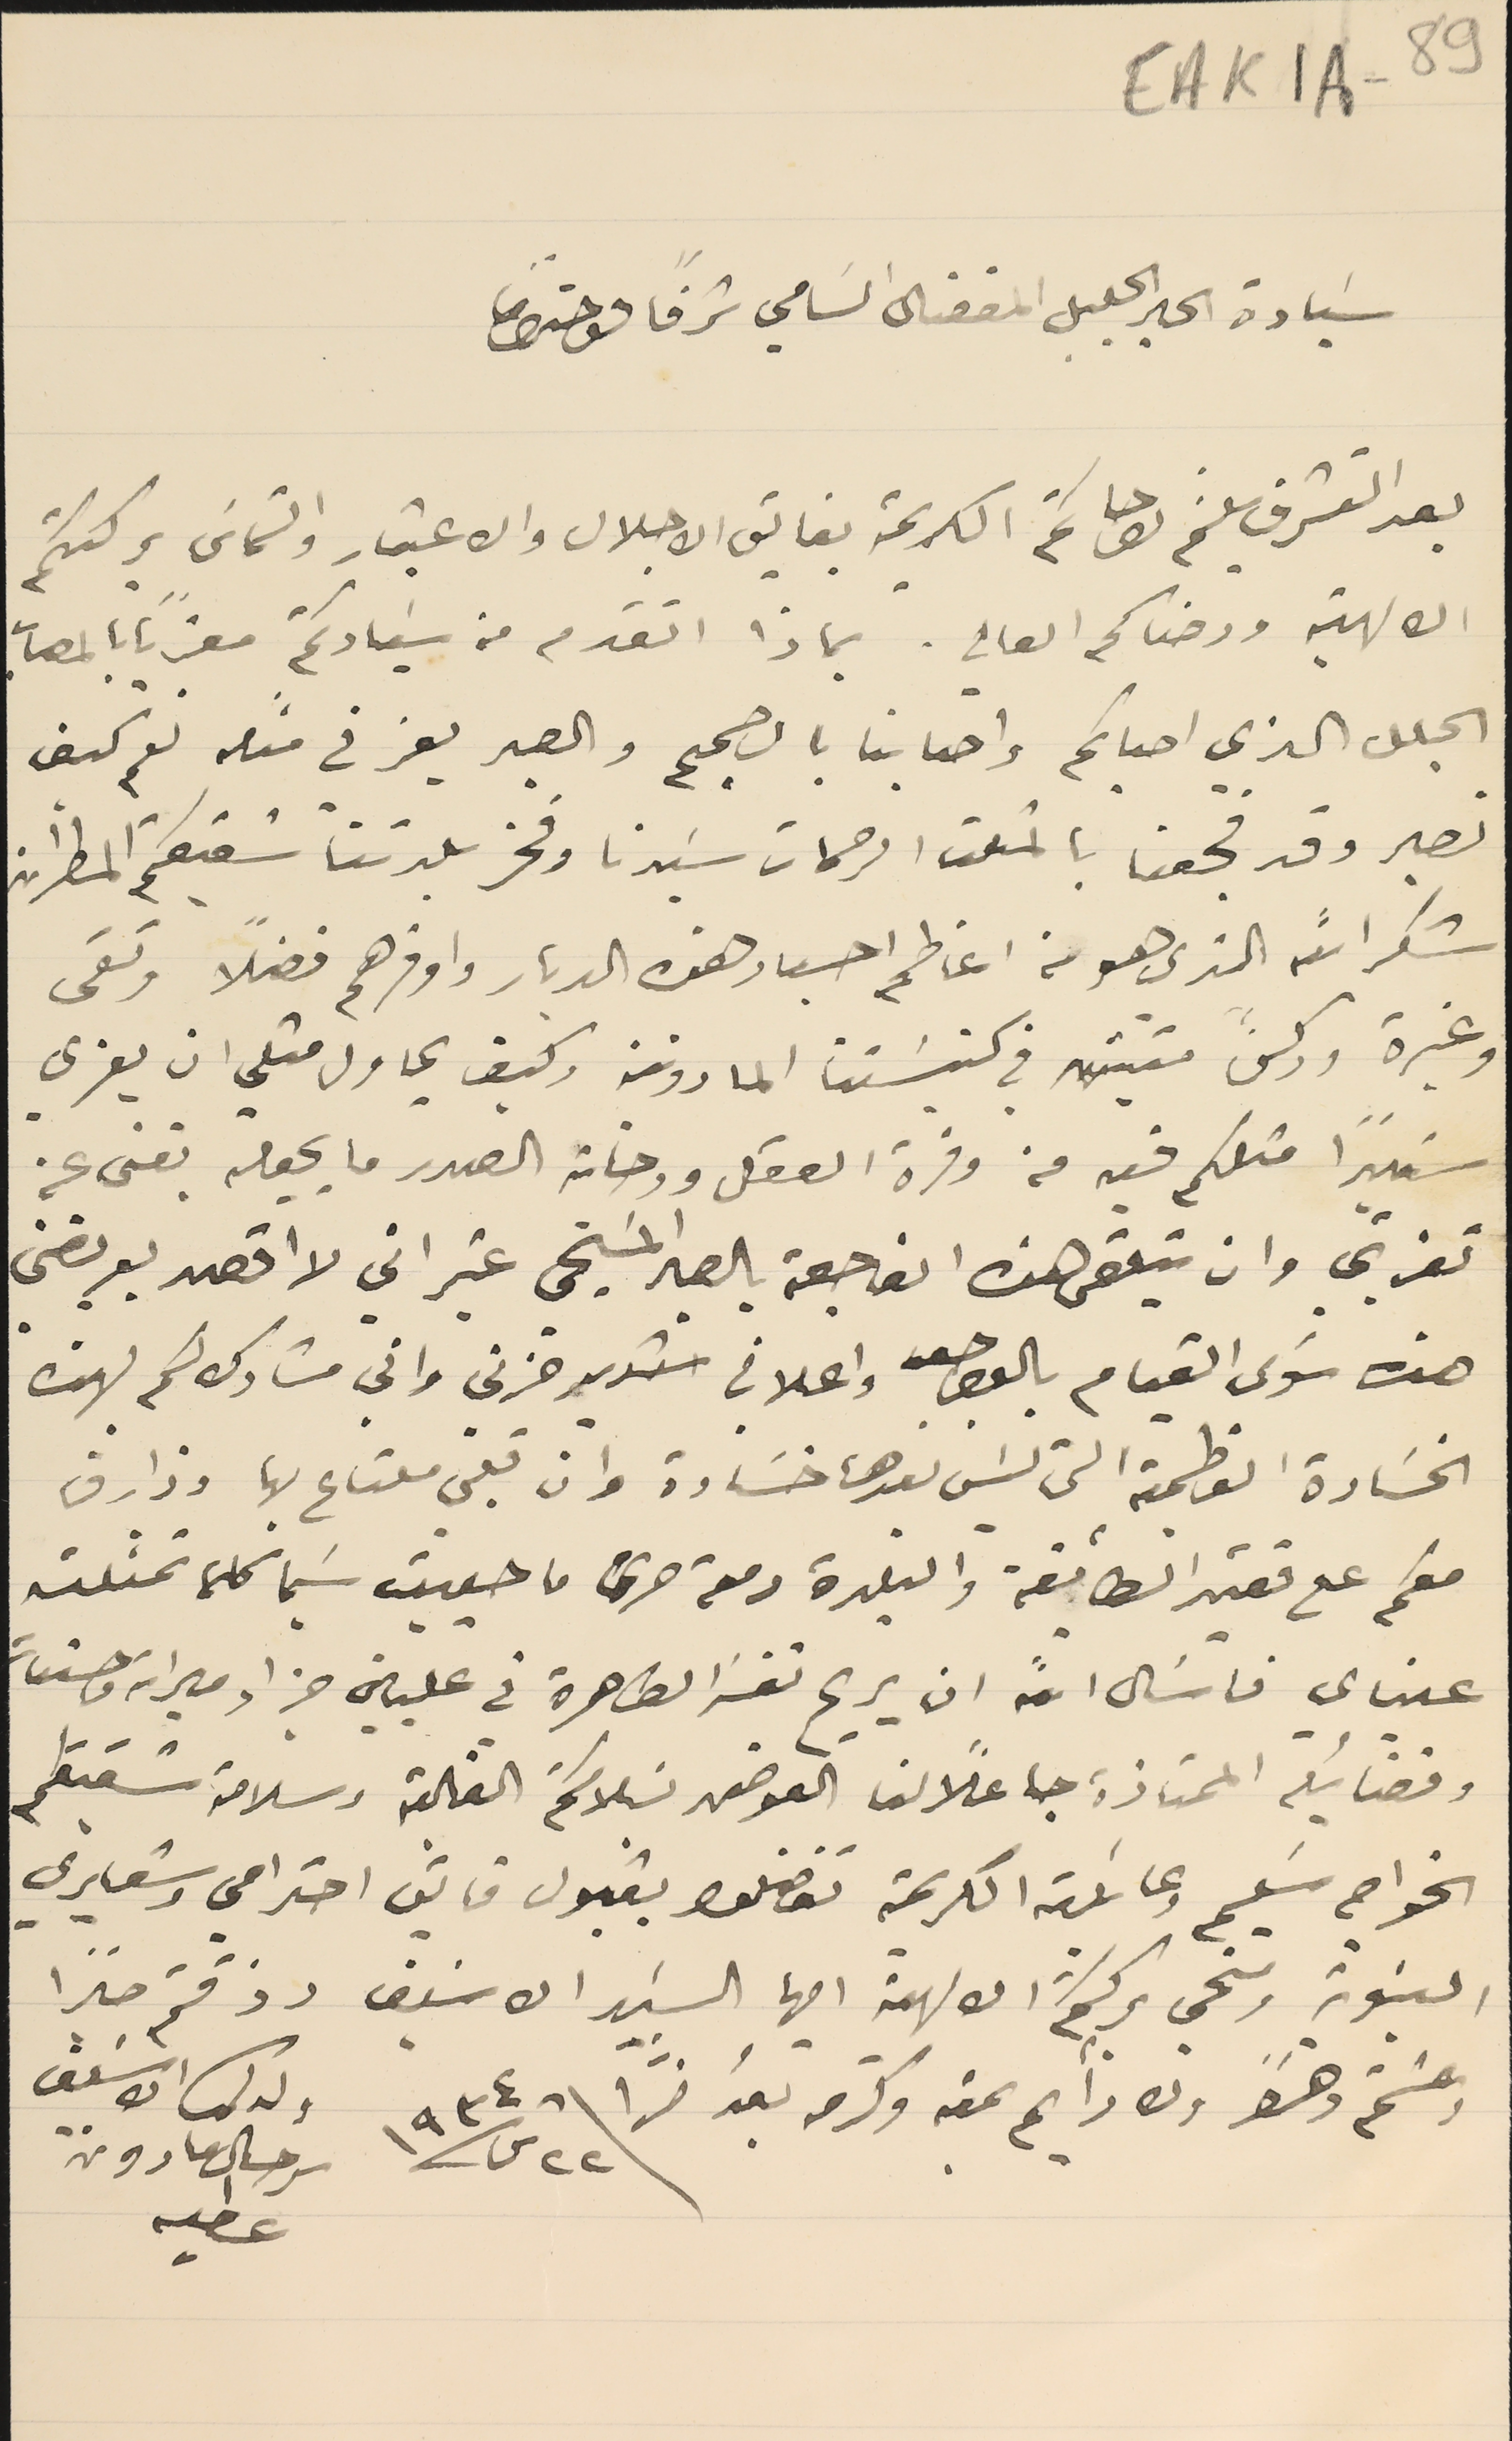
EAK1A-89
 سَيادة الحبر الجليل المفضال السَامي شرفًاً واحترامًا
بعد التشرف بلثم راحاتكم الكريمة بفايق الاجلال والاعتبار والتماسَ بركتكم
الالهية ورضاكم العالي. بماذا اتقدم من سَيادتكم معزيًا بالمصاب
الجلل الذي اصابكم واصابنا بالصميم والصبر يعز في مثله نعم كيف
نصير وقد فجعنا بالمثلث الرحمات سَيدنا وفخر بلدتنا شقيقكم المطران
شكرالله الذي هو من اعاظم احبار هذه الديار واوفرهم فضلاً وتقى
 وغيرة وركنًا متين في كنيسَتنا المارونية وكيف يحاول مثلي ان يعزي
 سَيىداً مثلكم فيه من وفرة العقل ورحابة الصدر ما يجعله بغنى عن
 تعزيتي وان يتلقى هذه الفاجعة بالصبر المسَيحي غير اني لا اقصد بعريضتي
هذه سَوى القيام بالواجب واعلاني شديد حزني واني مشارك لكم بهذه
 الخسَارة العظمية التي ليسَ بعدها خسَارة وان قلبي ملتاع بها وذارف
 معكم على فقيد الطأيفة والبلدة دمعة حزن ما حييت سَيما كلما تمثلته
عيناي فاسَال الله ان يريح نفسَه الطاهرة في عليياته جزاء ميراته وحسنات
 وفضائيله الممتازة جاعلًا لنا العوض بسَلامتكم الغالية وسلامة شقيقكم
الخواجه سَليم وعائلته الكريمة تفضلوا بقبول فايق احترامي وشعايري
 البنوية ومنحي بركتكم الالهية ايها السَيد الاسَيف رذقتم صبرًا
وعشتم دهراً  ولك دايم محبته وكرمه بعد خسَرا
٢٢ ش سنة ١٩٣٤
ولدكم الاسيف
سرحال مارون
عطيه